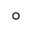
^ \circ